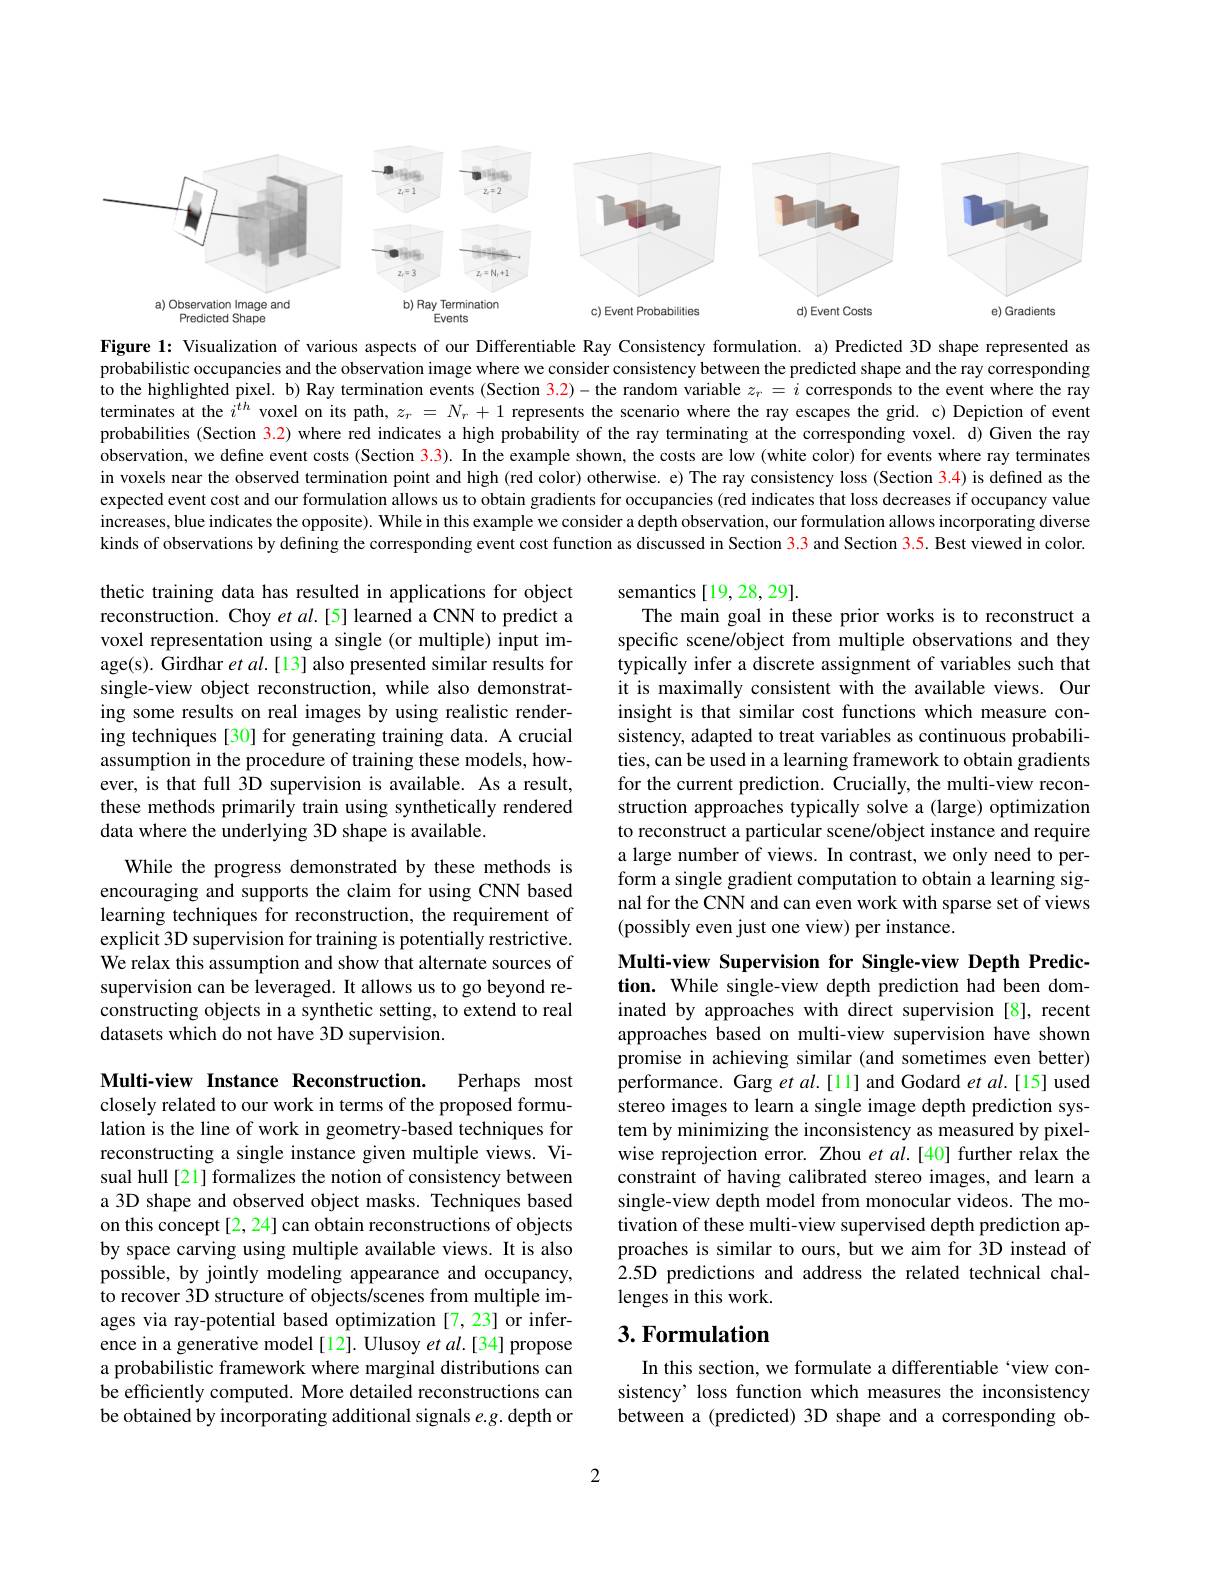
<FigureHere>

Figure 1: Visualization of various aspects of our Differentiable Ray Consistency formulation. a) Predicted 3D shape represented as probabilistic occupancies and the observation image where we consider consistency between the predicted shape and the ray corresponding to the highlighted pixel. b) Ray termination events (Section 3.2)-the random variable $z_r=i$ corresponds to the event where the ray terminates at the $i^{th}$ voxel on its path, $z_r=N_r+1$ represents the scenario where the ray escapes the grid. c) Depiction of event probabilities (Section 3.2) where red indicates a high probability of the ray terminating at the corresponding voxel. d) Given the ray observation, we define event costs (Section 3.3). In the example shown, the costs are low (white color) for events where ray terminates in voxels near the observed termination point and high (red color) otherwise. e) The ray consistency loss (Section 3.4) is defined as the expected event cost and our formulation allows us to obtain gradients for occupancies (red indicates that loss decreases if occupancy value increases, blue indicates the opposite). While in this example we consider a depth observation, our formulation allows incorporating diverse kinds of observations by defining the corresponding event cost function as discussed in Section 3.3 and Section 3.5. Best viewed in color.

thetic training data has resulted in applications for object reconstruction. Choy $etal.[5]$ learned a CNN to predict a voxel representation using a single (or multiple) input image(s). Girdhar et al.[13] also presented similar results for single-view object reconstruction, while also demonstrating some results on real images by using realistic rendering techniques [30] for generating training data. A crucial assumption in the procedure of training these models, however, is that full 3D supervision is available. As a result, these methods primarily train using synthetically rendered data where the underlying 3D shape is available.

semantics [19,28,29].
The main goal in these prior works is to reconstruct a specific scene/object from multiple observations and they typically infer a discrete assignment of variables such that it is maximally consistent with the available views. Our insight is that similar cost functions which measure consistency, adapted to treat variables as continuous probabilities, can be used in a learning framework to obtain gradients for the current prediction. Crucially, the multi-view reconstruction approaches typically solve a (large) optimization to reconstruct a particular scene/object instance and require a large number of views. In contrast, we only need to perform a single gradient computation to obtain a learning signal for the CNN and can even work with sparse set of views (possibly even just one view) per instance.

While the progress demonstrated by these methods is encouraging and supports the claim for using CNN based learning techniques for reconstruction, the requirement of explicit 3D supervision for training is potentially restrictive. We relax this assumption and show that alternate sources of supervision can be leveraged. It allows us to go beyond reconstructing objects in a synthetic setting, to extend to real datasets which do not have 3D supervision.

Multi-view Supervision for Single-view Depth Prediction. While single-view depth prediction had been dominated by approaches with direct supervision [8], recent approaches based on multi-view supervision have shown promise in achieving similar (and sometimes even better) performance. Garg $etal.[11]$ and Godard $etal.[15]$ used stereo images to learn a single image depth prediction system by minimizing the inconsistency as measured by pixelwise reprojection error. Zhou et al.[40] further relax the constraint of having calibrated stereo images, and learn a single-view depth model from monocular videos. The motivation of these multi-view supervised depth prediction approaches is similar to ours, but we aim for 3D instead of $\hat{2}.5$D predictions and address the related technical challenges in this work.

Multi-view Instance Reconstruction.
Perhaps most
closely related to our work in terms of the proposed formulation is the line of work in geometry-based techniques for reconstructing a single instance given multiple views. Visual hull[21] formalizes the notion of consistency between a 3D shape and observed object masks. Techniques based on this concept [2, 24] can obtain reconstructions of objects by space carving using multiple available views. It is also possible, by jointly modeling appearance and occupancy, to recover 3D structure of objects/scenes from multiple images via ray-potential based optimization [7,23] or inference in a generative model [12]. Ulusoy et $al.[34]$ propose a probabilistic framework where marginal distributions can be efficiently computed. More detailed reconstructions can be obtained by incorporating additional signals $e.g.$ depth or

## $3. \textbf{Formulation}$

In this section, we formulate a differentiable `view consistency’ loss function which measures the inconsistency between a (predicted) 3D shape and a corresponding ob-

2